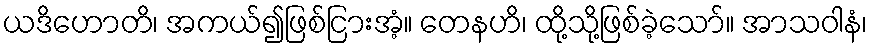
ယဒိဟောတိ၊ အကယ်၍ဖြစ်ငြားအံ့။ တေနဟိ၊ ထို့သို့ဖြစ်ခဲ့သော်။ အာသဝါနံ၊